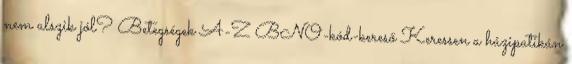
nem alszik jól? Betegségek A-Z BNO-kód-kereső Keressen a házipatikán